Leaving Certificate Examination, 1911
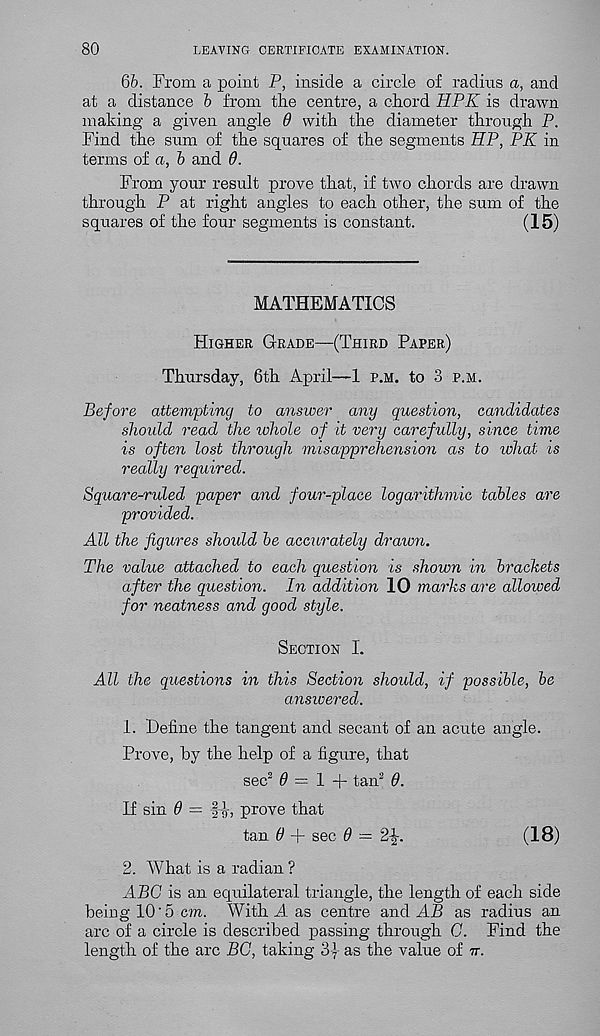
80
LEAVING CERTIFICATE EXAMINATION.
66. From a point P, inside a circle of radius a, and
at a distance 6 from the centre, a chord HPK is drawn
making a given angle 0 with the diameter through P.
Find the sum of the squares of the segments HP, PK in
terms of a, 6 and 9.
From your result prove that, if two chords are drawn
through P at right angles to each other, the sum of the
squares of the four segments is constant.
(15)
MATHEMATICS
Higher Grade—(Third Paper)
Thursday, 6th April—1 p.m. to 3 p.m.
Before attempting to answer any question, candidates
should read the whole of it very carefully, since time
is often lost through misapprehension as to what is
really required.
Square-ruled paper and four-place logarithmic tables are
provided.
All the figures should be accurately drawn.
The value attached to each question is shown in brackets
after the question. In addition 10 marks are allowed
for neatness and good style.
Section L
All the questions in this Section should, if possible, be
answered.
1. Define the tangent and secant of an acute angle.
Prove, by the help of a figure, that
sec 2 0 = 1 + tan 2 0.
If sin 9 = fb, prove that
tan 0 + sec 9 — 2^.
(18)
2. What is a radian ?
ABC is an equilateral triangle, the length of each side
being 10 - 5 cm. With A as centre and AB as radius an
arc of a circle is described passing through C. Find the
length of the arc BC, taking 3y as the value of n.